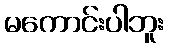
မကောင်းပါဘူး